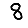
Digit: 8